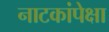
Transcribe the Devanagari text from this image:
नाटकांपेक्षा